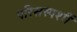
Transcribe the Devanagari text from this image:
परिसस्पर्शी